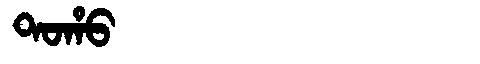
Manchu: ᡨᠣᡥᠣ
Romanization: TOHO